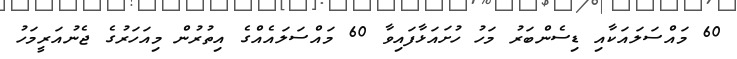
60 މައްސަލައަކާއި ޑިސެންބަރު މަހު ހުށައަޅާފައިވާ 60 މައްސަލައެއްގެ އިތުރުން މިއަހަރުގެ ޖެނުއަރީމަހު